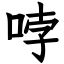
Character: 哱